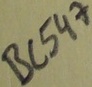
Text: BC547